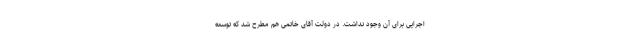
اجرایی برای آن وجود نداشت. در دولت آقای خاتمی هم مطرح شد که توسعه